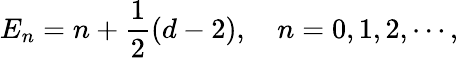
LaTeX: E_{n}=n+\frac{1}{2}\left(d-2\right),\quad n=0,1,2,\cdots,